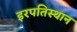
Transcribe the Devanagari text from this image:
इरपतिस्थान